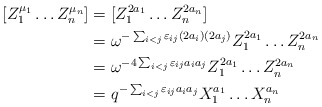
\begin{align*}[Z_1^{\mu_1}\dots Z_n^{\mu_n}] &= [Z_1^{2a_1}\dots Z_n^{2a_n}] \\&= \omega^{-\sum_{i<j}\varepsilon_{ij}(2a_i)(2a_j)}Z_1^{2a_1}\dots Z_n^{2a_n} \\&= \omega^{-4\sum_{i<j}\varepsilon_{ij}a_ia_j}Z_1^{2a_1}\dots Z_n^{2a_n} \\&= q^{-\sum_{i<j}\varepsilon_{ij}a_ia_j}X_1^{a_1}\dots X_n^{a_n}\end{align*}